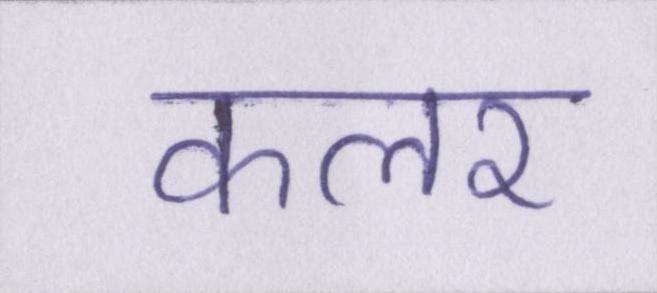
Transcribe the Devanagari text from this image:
कलर